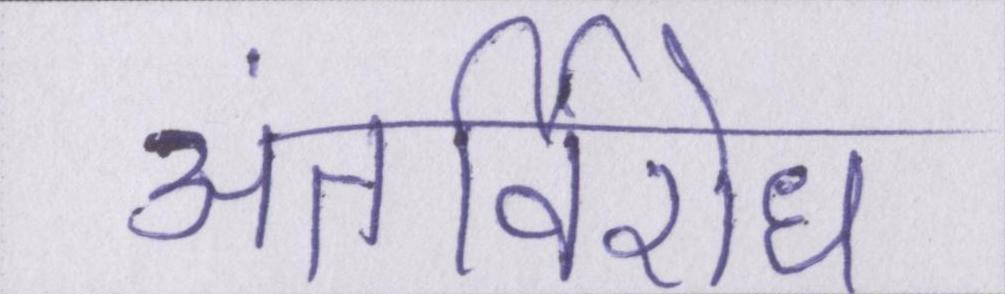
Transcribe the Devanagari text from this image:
अंतर्विरोध